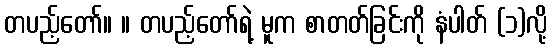
တပည့်တော်။ ။ တပည့်တော်ရဲ့ မူက စာတတ်ခြင်းကို နံပါတ် (၁)လို့